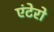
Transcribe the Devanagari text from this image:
एंटेरो